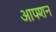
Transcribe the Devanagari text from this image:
आफ्शन